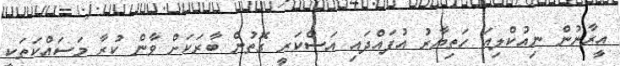
އީރާނުން ނިއުކްލިއަަ ހަތިޔާރު އުފައްދައި އަސްކަރީ ގޮތުން ބާރަކަށް ވާން ކުރާ މަސައްކަތަކީ